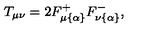
T _ { \mu \nu } = 2 F _ { \mu \{ \alpha \} } ^ { + } F _ { \nu \{ \alpha \} } ^ { - } ,